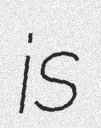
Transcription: is